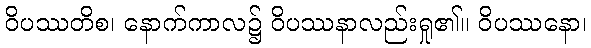
ဝိပဿတိစ၊ နောက်ကာလ၌ ဝိပဿနာလည်းရှု၏။ ဝိပဿနော၊